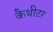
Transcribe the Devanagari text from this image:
कैथीटर